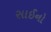
સાઈનો